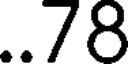
..78